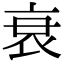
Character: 衰